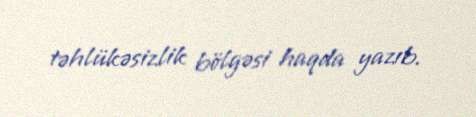
təhlükəsizlik bölgəsi haqda yazıb.